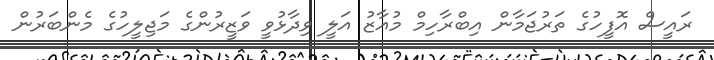
ރައީސް އޮފީހުގެ ތަރުޖަމާން އިބްރާހިމް މުއާޒު އަލީ ވިދާޅުވީ ވަޒީރުންގެ މަޖިލީހުގެ މެންބަރުން